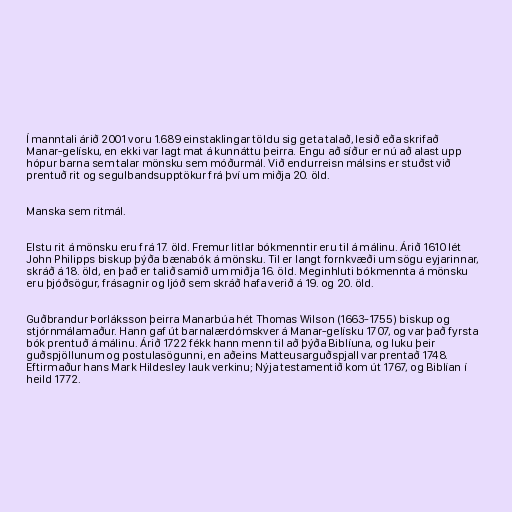
Í manntali árið 2001 voru 1.689 einstaklingar töldu sig geta talað, lesið eða skrifað
Manar-gelísku, en ekki var lagt mat á kunnáttu þeirra. Engu að síður er nú að alast upp
hópur barna sem talar mönsku sem móðurmál. Við endurreisn málsins er stuðst við
prentuð rit og segulbandsupptökur frá því um miðja 20. öld.

Manska sem ritmál.

Elstu rit á mönsku eru frá 17. öld. Fremur litlar bókmenntir eru til á málinu. Árið 1610 lét
John Philipps biskup þýða bænabók á mönsku. Til er langt fornkvæði um sögu eyjarinnar,
skráð á 18. öld, en það er talið samið um miðja 16. öld. Meginhluti bókmennta á mönsku
eru þjóðsögur, frásagnir og ljóð sem skráð hafa verið á 19. og 20. öld.

Guðbrandur Þorláksson þeirra Manarbúa hét Thomas Wilson (1663-1755) biskup og
stjórnmálamaður. Hann gaf út barnalærdómskver á Manar-gelísku 1707, og var það fyrsta
bók prentuð á málinu. Árið 1722 fékk hann menn til að þýða Biblíuna, og luku þeir
guðspjöllunum og postulasögunni, en aðeins Matteusarguðspjall var prentað 1748.
Eftirmaður hans Mark Hildesley lauk verkinu; Nýja testamentið kom út 1767, og Biblían í
heild 1772.